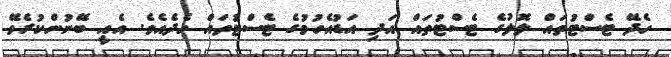
ހެދޭ ޓެސްޓުތައް ލޮލުގެ ޓެސްޓުތައް އަދި އަޑުއެހުމުގެ ޓެސްޓުތައް ހެދެއެވެ. އެއީ ބޭނުންކުރެވޭ